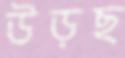
উড়ছ